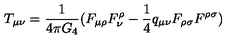
T _ { \mu \nu } = \frac { 1 } { 4 \pi G _ { 4 } } ( F _ { \mu \rho } F _ { \nu } ^ { \rho } - \frac { 1 } { 4 } q _ { \mu \nu } F _ { \rho \sigma } F ^ { \rho \sigma } )